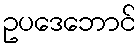
ဥပဒေဘောင်